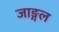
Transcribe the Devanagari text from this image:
जाङ्गल